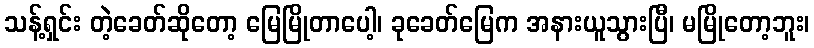
သန့်ရှင်း တဲ့ခေတ်ဆိုတော့ မြေမြိုတာပေါ့၊ ခုခေတ်မြေက အနားယူသွားပြီ၊ မမြိုတော့ဘူး၊